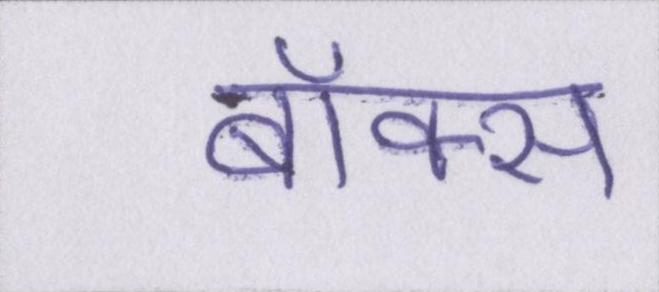
बॉक्स